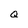
Character: Q